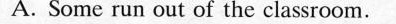
A. Some run out of the classroom.